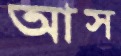
আস